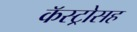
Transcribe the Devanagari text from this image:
कॅस्ट्रोसह